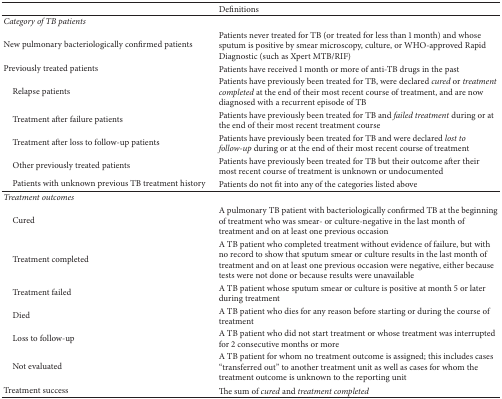
|  | Definitions |
 | --- | --- |
 | Category of TB patients |  |
 | New pulmonary bacteriologically confirmed patients | Patients never treated for TB (or treated for less than 1 month) and whose sputum is positive by smear microscopy, culture, or WHO-approved Rapid Diagnostic (such as Xpert MTB/RIF) |
 | Previously treated patients | Patients have received 1 month or more of anti-TB drugs in the past |
 | Relapse patients | Patients have previously been treated for TB, were declared cured or treatment completed at the end of their most recent course of treatment, and are now diagnosed with a recurrent episode of TB |
 | Treatment after failure patients | Patients have previously been treated for TB and failed treatment during or at the end of their most recent treatment course |
 | Treatment after loss to follow-up patients | Patients have previously been treated for TB and were declared lost to follow-up during or at the end of their most recent course of treatment |
 | Other previously treated patients | Patients have previously been treated for TB but their outcome after their most recent course of treatment is unknown or undocumented |
 | Patients with unknown previous TB treatment history | Patients do not fit into any of the categories listed above |
 | Treatment outcomes |  |
 | Cured | A pulmonary TB patient with bacteriologically confirmed TB at the beginning of treatment who was smear- or culture-negative in the last month of treatment and on at least one previous occasion |
 | Treatment completed | A TB patient who completed treatment without evidence of failure, but with no record to show that sputum smear or culture results in the last month of treatment and on at least one previous occasion were negative, either because tests were not done or because results were unavailable |
 | Treatment failed | A TB patient whose sputum smear or culture is positive at month 5 or later during treatment |
 | Died | A TB patient who dies for any reason before starting or during the course of treatment |
 | Loss to follow-up | A TB patient who did not start treatment or whose treatment was interrupted for 2 consecutive months or more |
 | Not evaluated | A TB patient for whom no treatment outcome is assigned; this includes cases “transferred out” to another treatment unit as well as cases for whom the treatment outcome is unknown to the reporting unit |
 | Treatment success | The sum of cured and treatment completed |